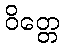
ဝိတ္တေ